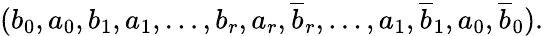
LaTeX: (b_{0},a_{0},b_{1},a_{1},\ldots,b_{r},a_{r},\overline{{b}}_{r},\ldots,a_{1},\overline{{b}}_{1},a_{0},\overline{{b}}_{0}).